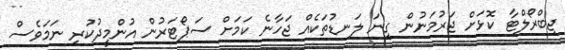
ޖިބްރޯލްޓާ ކޮޅަށް ޖަރުމަނުން ގިނަ ލަނޑުތަކެއް ޖަހާނެ ކަމަށް ސަޕޯޓަރުން އުންމީދުކުރި ނަމަވެސް